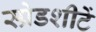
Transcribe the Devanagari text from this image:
स्प्रेडशीटें